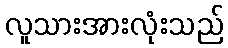
လူသားအားလုံးသည်